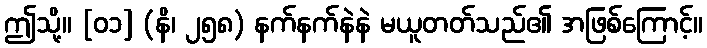
ဤသို့။ [၀၁] (နိ၊ ၂၅၈) နက်နက်နဲနဲ မယူတတ်သည်၏ အဖြစ်ကြောင့်။